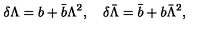
\delta \Lambda = b + \bar { b } \Lambda ^ { 2 } , \quad \delta \bar { \Lambda } = \bar { b } + b \bar { \Lambda } ^ { 2 } ,